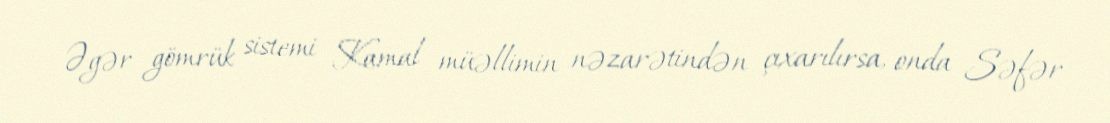
Əgər gömrük sistemi Kamal müəllimin nəzarətindən çıxarılırsa, onda Səfər